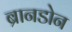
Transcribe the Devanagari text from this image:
ब्रानडोन